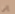
إلى